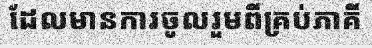
ដែលមានការចូលរួមពីគ្រប់ភាគី